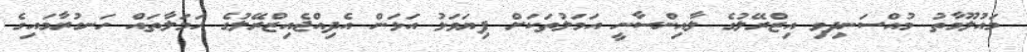
މައުލޫމާތު މުއްސަނދިވި އިޒްރޭލުގެ ލާއިންސާނީ އަމަލުތަކަށް ފިޔަވަޅު އަޅަން އެދިއްޖެއިޒްރޭލުގެ ހަމަލާތައް ހަނގުރާމައިގެ